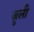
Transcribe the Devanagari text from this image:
ज़ुली